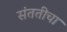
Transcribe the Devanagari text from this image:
संततीचा